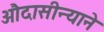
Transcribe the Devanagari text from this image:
औदासीन्याने